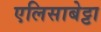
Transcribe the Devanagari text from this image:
एलिसाबेट्टा